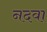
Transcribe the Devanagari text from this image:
नदवा